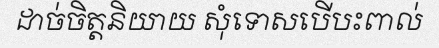
ដាច់ចិត្តនិយាយ សុំទោសបើបះពាល់